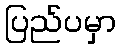
ပြည်ပမှာ